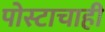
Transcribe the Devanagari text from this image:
पोस्टाचाही